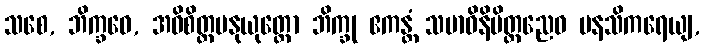
သစေ, ဘိက္ခဝေ, အဓိစိတ္တမနုယုတ္တော ဘိက္ခု ဧကန္တံ သမာဓိနိမိတ္တညေဝ မနသိကရေယျ,